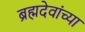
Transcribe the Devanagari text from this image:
ब्रह्मदेवांच्या